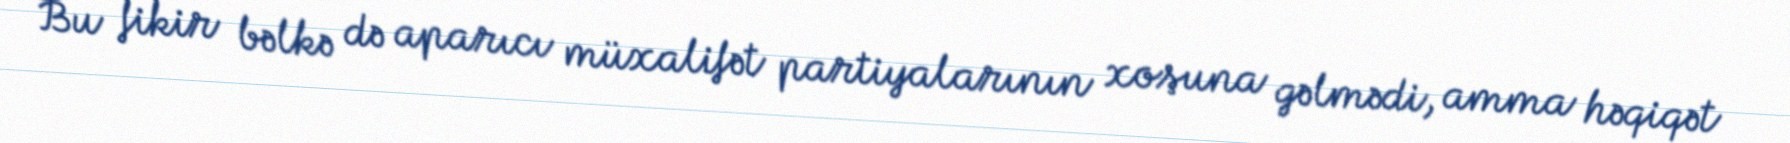
Bu fikir bəlkə də aparıcı müxalifət partiyalarının xoşuna gəlmədi, amma həqiqət